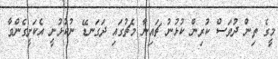
މީގެ ތިން ދުވަސް ކުރިން ކުޅުނު ޗައިނާ މެޗުގައި ދަގަނޑޭ ނުކުޅުނީ އެކަށީގެންވާ